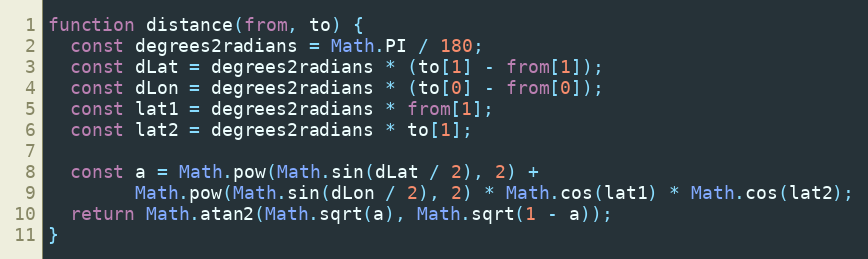
Language: JavaScript
function distance(from, to) {
  const degrees2radians = Math.PI / 180;
  const dLat = degrees2radians * (to[1] - from[1]);
  const dLon = degrees2radians * (to[0] - from[0]);
  const lat1 = degrees2radians * from[1];
  const lat2 = degrees2radians * to[1];

  const a = Math.pow(Math.sin(dLat / 2), 2) +
        Math.pow(Math.sin(dLon / 2), 2) * Math.cos(lat1) * Math.cos(lat2);
  return Math.atan2(Math.sqrt(a), Math.sqrt(1 - a));
}